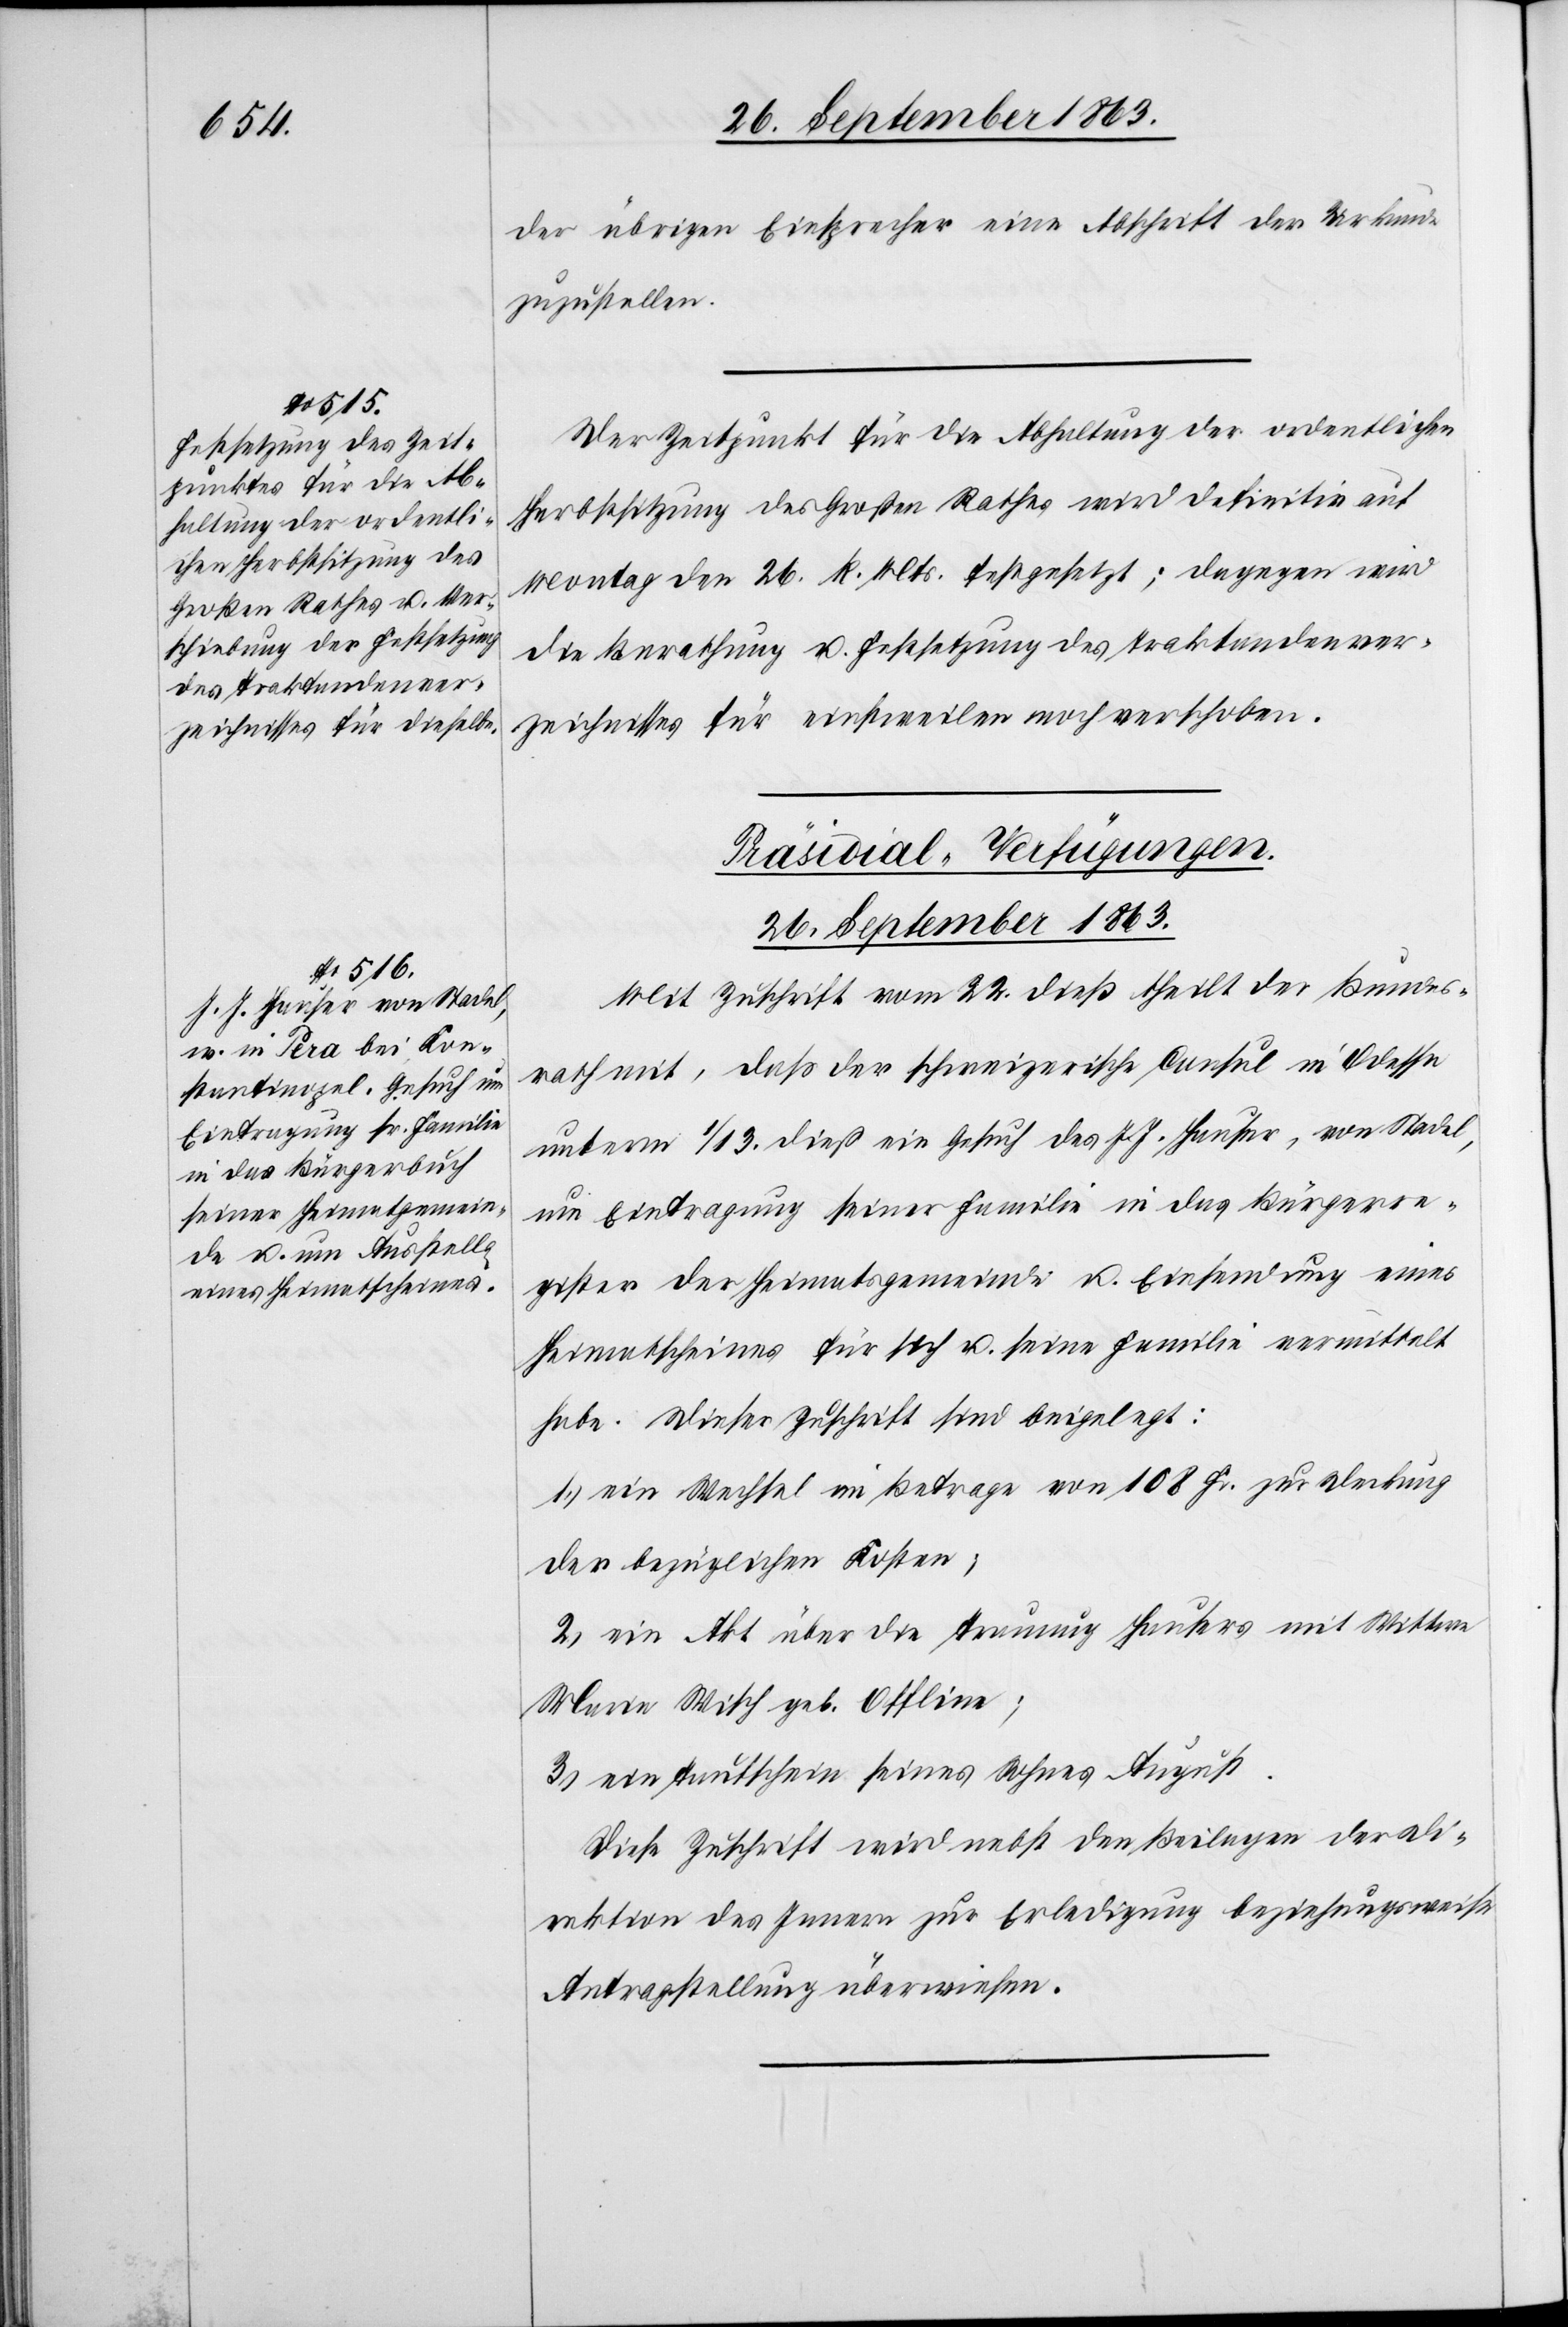
der übrigen Einsprecher eine Abschrift der Urkunde
zuzustellen.
Der Zeitpunkt für die Abhaltung der ordentlichen
Herbstsitzung des Großen Rathes wird definitiv auf
Montag den 26. k. Mts. festgesetzt; dagegen wird
die Berathung u. Festsetzung des Traktandenver¬
zeichnisses für einstweilen noch verschoben.
Präsidial-Verfügungen.
26. September 1863.
Mit Zuschrift vom 22. dieß theilt der Bundes¬
rath mit, daß der schweizerische Consul in Odessa
unterm 1/13. dieß ein Gesuch des J. J. Hauser, von Stadel,
um Eintragung seiner Familie in das Bürgerre¬
gister der Heimatsgemeinde u. Einsendung eines
Heimatscheines für sich u. seine Familie vermittelt
habe. Dieser Zuschrift sind beigelegt:
1.) ein Wechsel im Betrage von 108 Fr. zur Deckung
der bezüglichen Kosten;
2.) ein Akt über die Trauung Hausers mit Wittwe
Maria Wisch geb. Offline;
3.) ein Taufschein seines Sohnes August.
Diese Zuschrift wird nebst den Beilagen der Di¬
rektion des Innern zur Erledigung beziehungsweise
Antragstellung überwiesen.